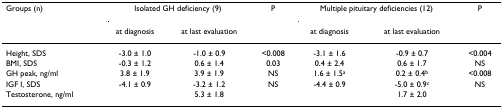
<table><thead><tr><td><b>Groups (n)</b></td><td colspan="2"><b>Isolated GH deficiency (9)</b></td><td><b>P</b></td><td colspan="2"><b>Multiple pituitary deficiencies (12)</b></td><td><b>P</b></td></tr><tr><td></td><td><b>at diagnosis</b></td><td><b>at last evaluation</b></td><td></td><td><b>at diagnosis</b></td><td><b>at last evaluation</b></td><td></td></tr></thead><tbody><tr><td>Height, SDS</td><td>-3.0 ± 1.0</td><td>-1.0 ± 0.9</td><td>&lt;0.008</td><td>-3.1 ± 1.6</td><td>-0.9 ± 0.7</td><td>&lt;0.004</td></tr><tr><td>BMI, SDS</td><td>-0.3 ± 1.2</td><td>0.6 ± 1.4</td><td>0.03</td><td>0.4 ± 2.4</td><td>0.6 ± 1.7</td><td>NS</td></tr><tr><td>GH peak, ng/ml</td><td>3.8 ± 1.9</td><td>3.9 ± 1.9</td><td>NS</td><td>1.6 ± 1.5<sup>a</sup></td><td>0.2 ± 0.4<sup>b</sup></td><td>&lt;0.008</td></tr><tr><td>IGF I, SDS</td><td>-4.1 ± 0.9</td><td>-3.2 ± 1.2</td><td>NS</td><td>-4.4 ± 0.9</td><td>-5.0 ± 0.9<sup>c</sup></td><td>NS</td></tr><tr><td>Testosterone, ng/ml</td><td></td><td>5.3 ± 1.8</td><td></td><td></td><td>1.7 ± 2.0</td><td></td></tr></tbody></table>